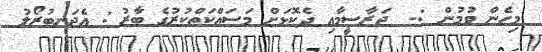
މިހެން ވުމުން :-  ޖަރާސީމާއި ދެކޮޅަށް މަސައްކަތްކުރުގެ ބާރު : އެޖަނބުރޯލު